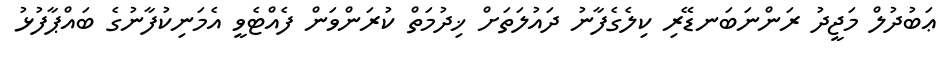
ޢަބުދުލް މަޖީދު ރަންނަބަނޑޭރި ކިލެގެފާނު ދައުލަތަށް ޚިދުމަތް ކުރަންވަން ފެއްޓެވީ އެމަނިކުފާނުގެ ބައްޕާފުޅު